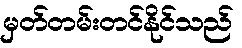
မှတ်တမ်းတင်နိုင်သည်